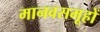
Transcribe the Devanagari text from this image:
मानवसमूहों